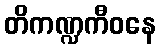
တိကဏ္ဍကီဝနေ